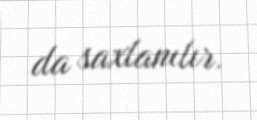
da saxlanılır.